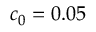
c _ { 0 } = 0 . 0 5